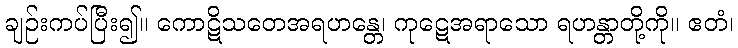
ချဉ်းကပ်ပြီး၍။ ကောဋိသတေအရဟန္တေ၊ ကုဋေအရာသော ရဟန္တာတို့ကို။ ဧတံ၊